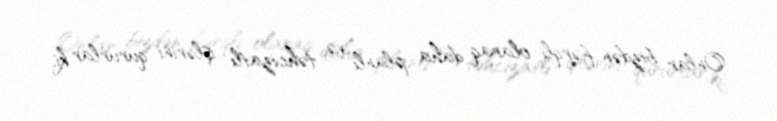
Onlar bizdən fərqli olaraq daha planlı və təhcizatlı işlərini qururlar ki,